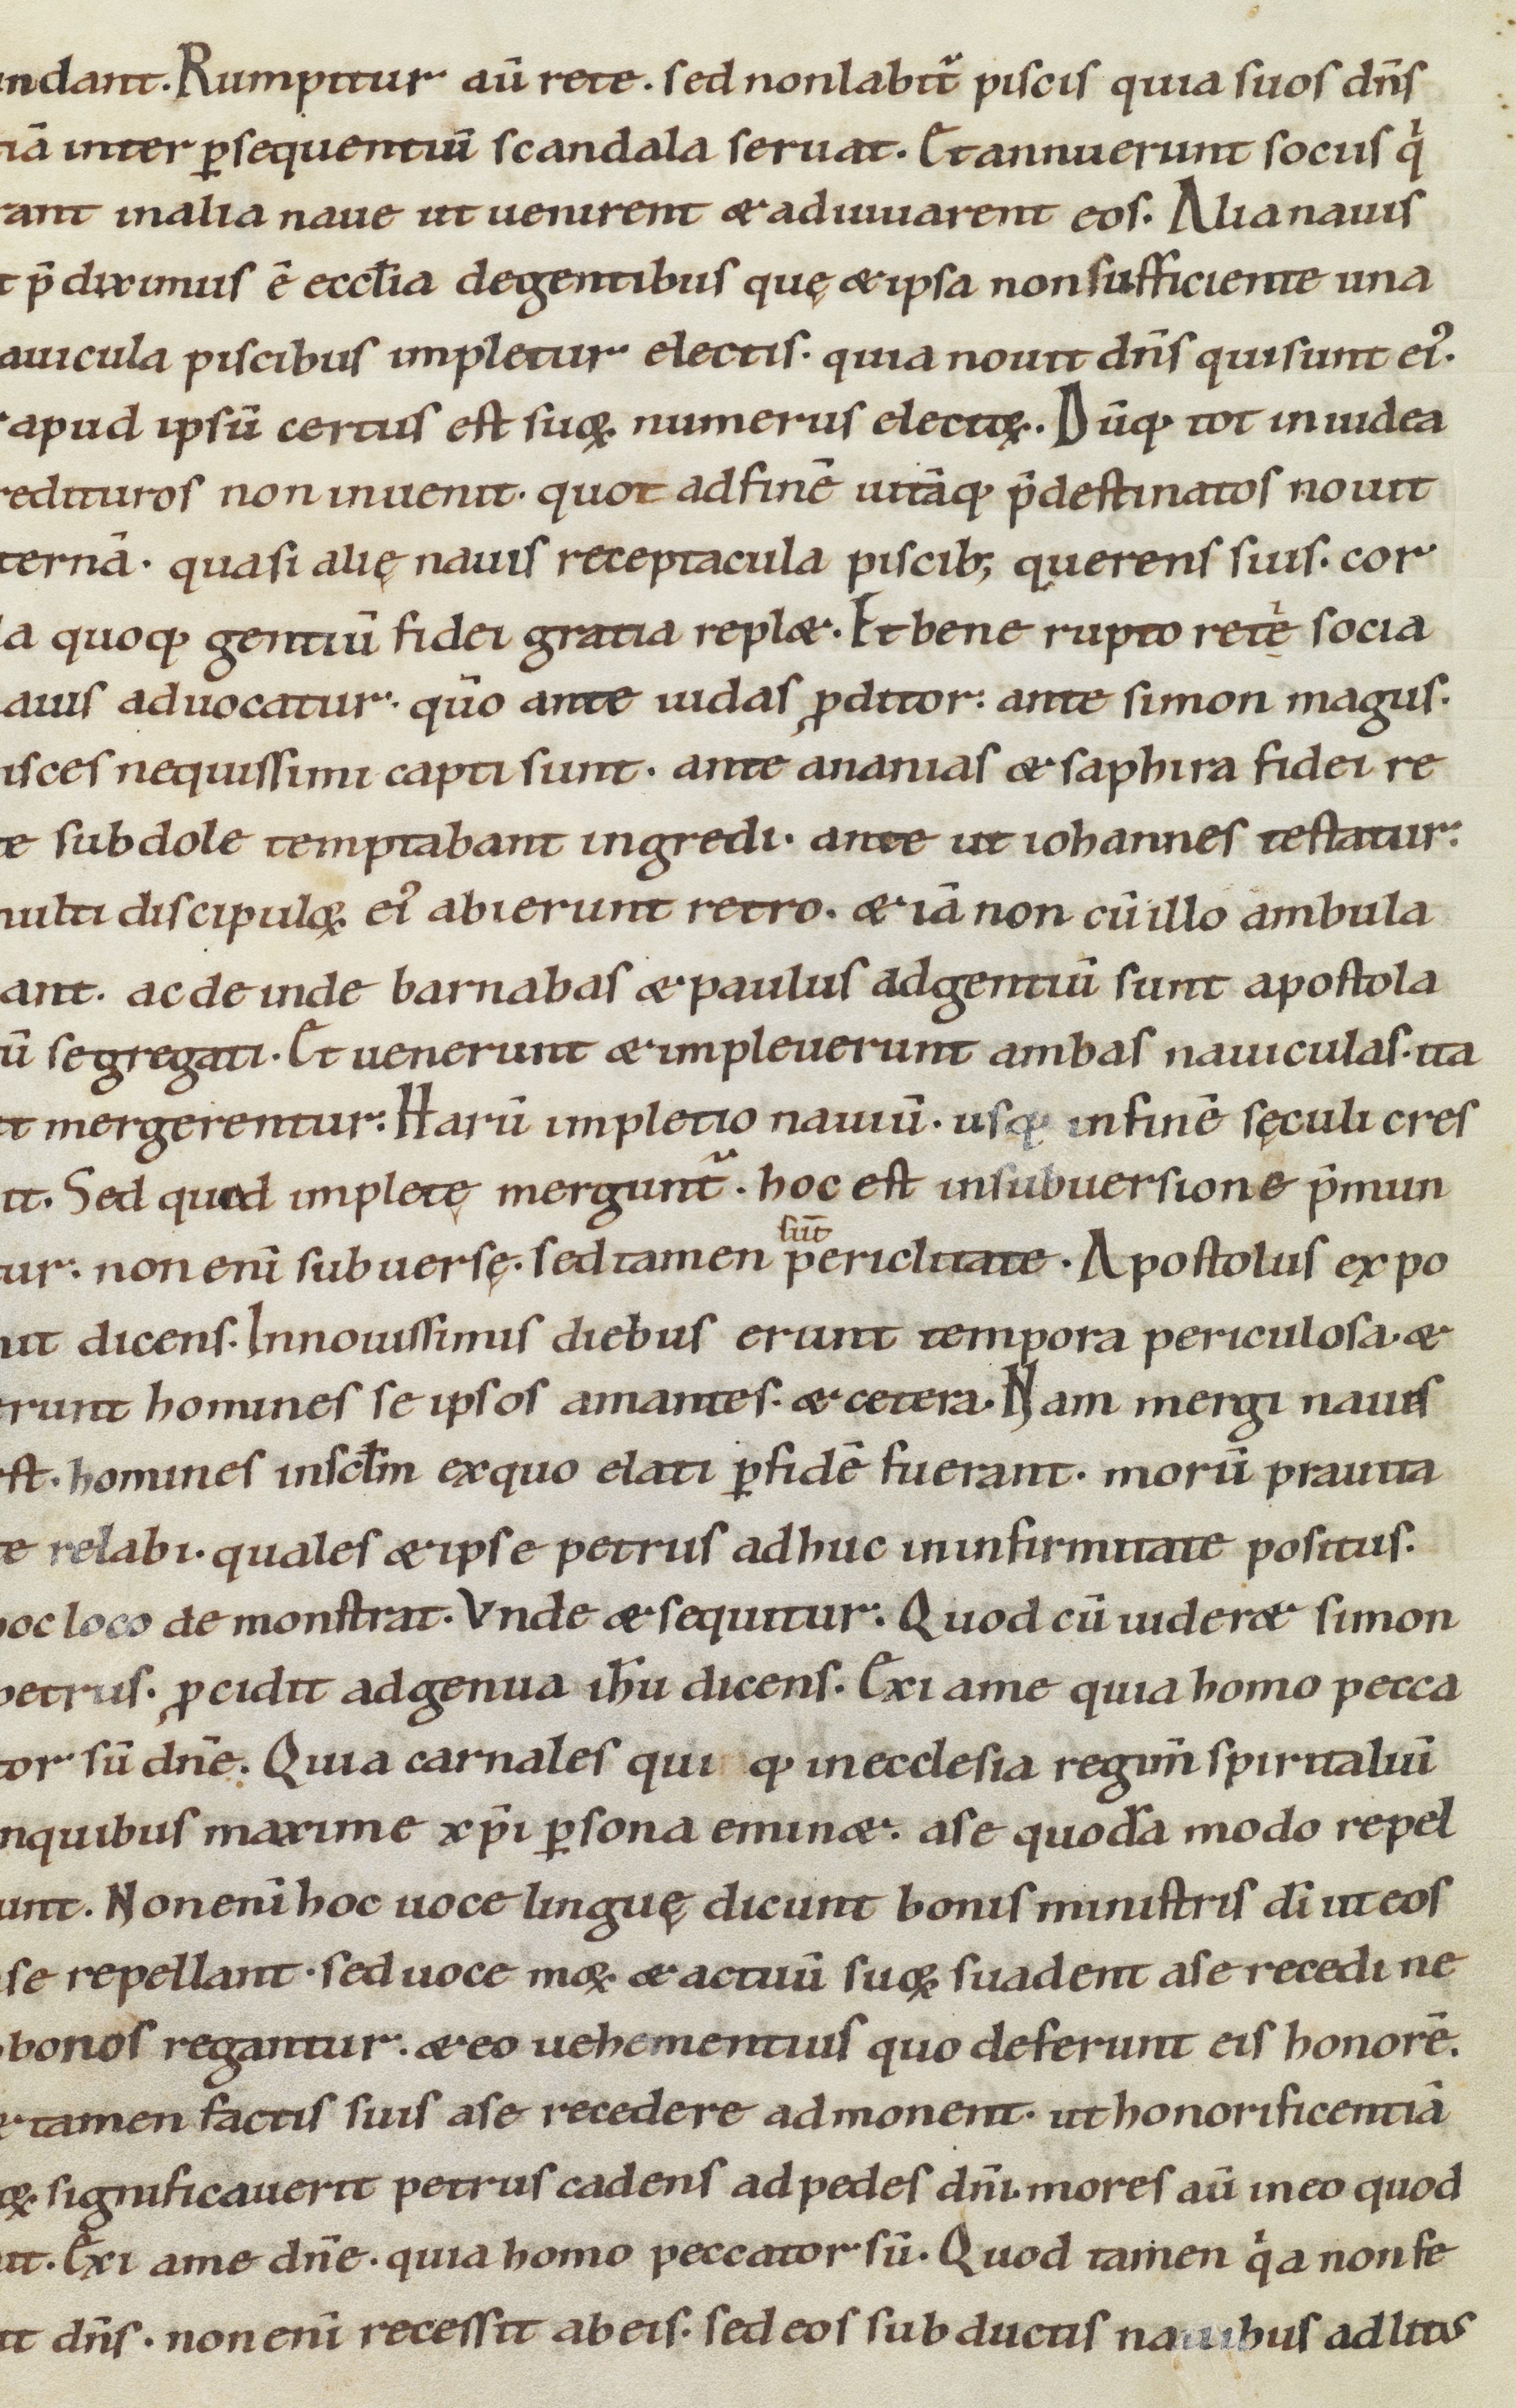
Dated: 1100–1199